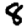
Digit: 8